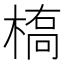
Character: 槗